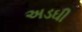
અડઘી